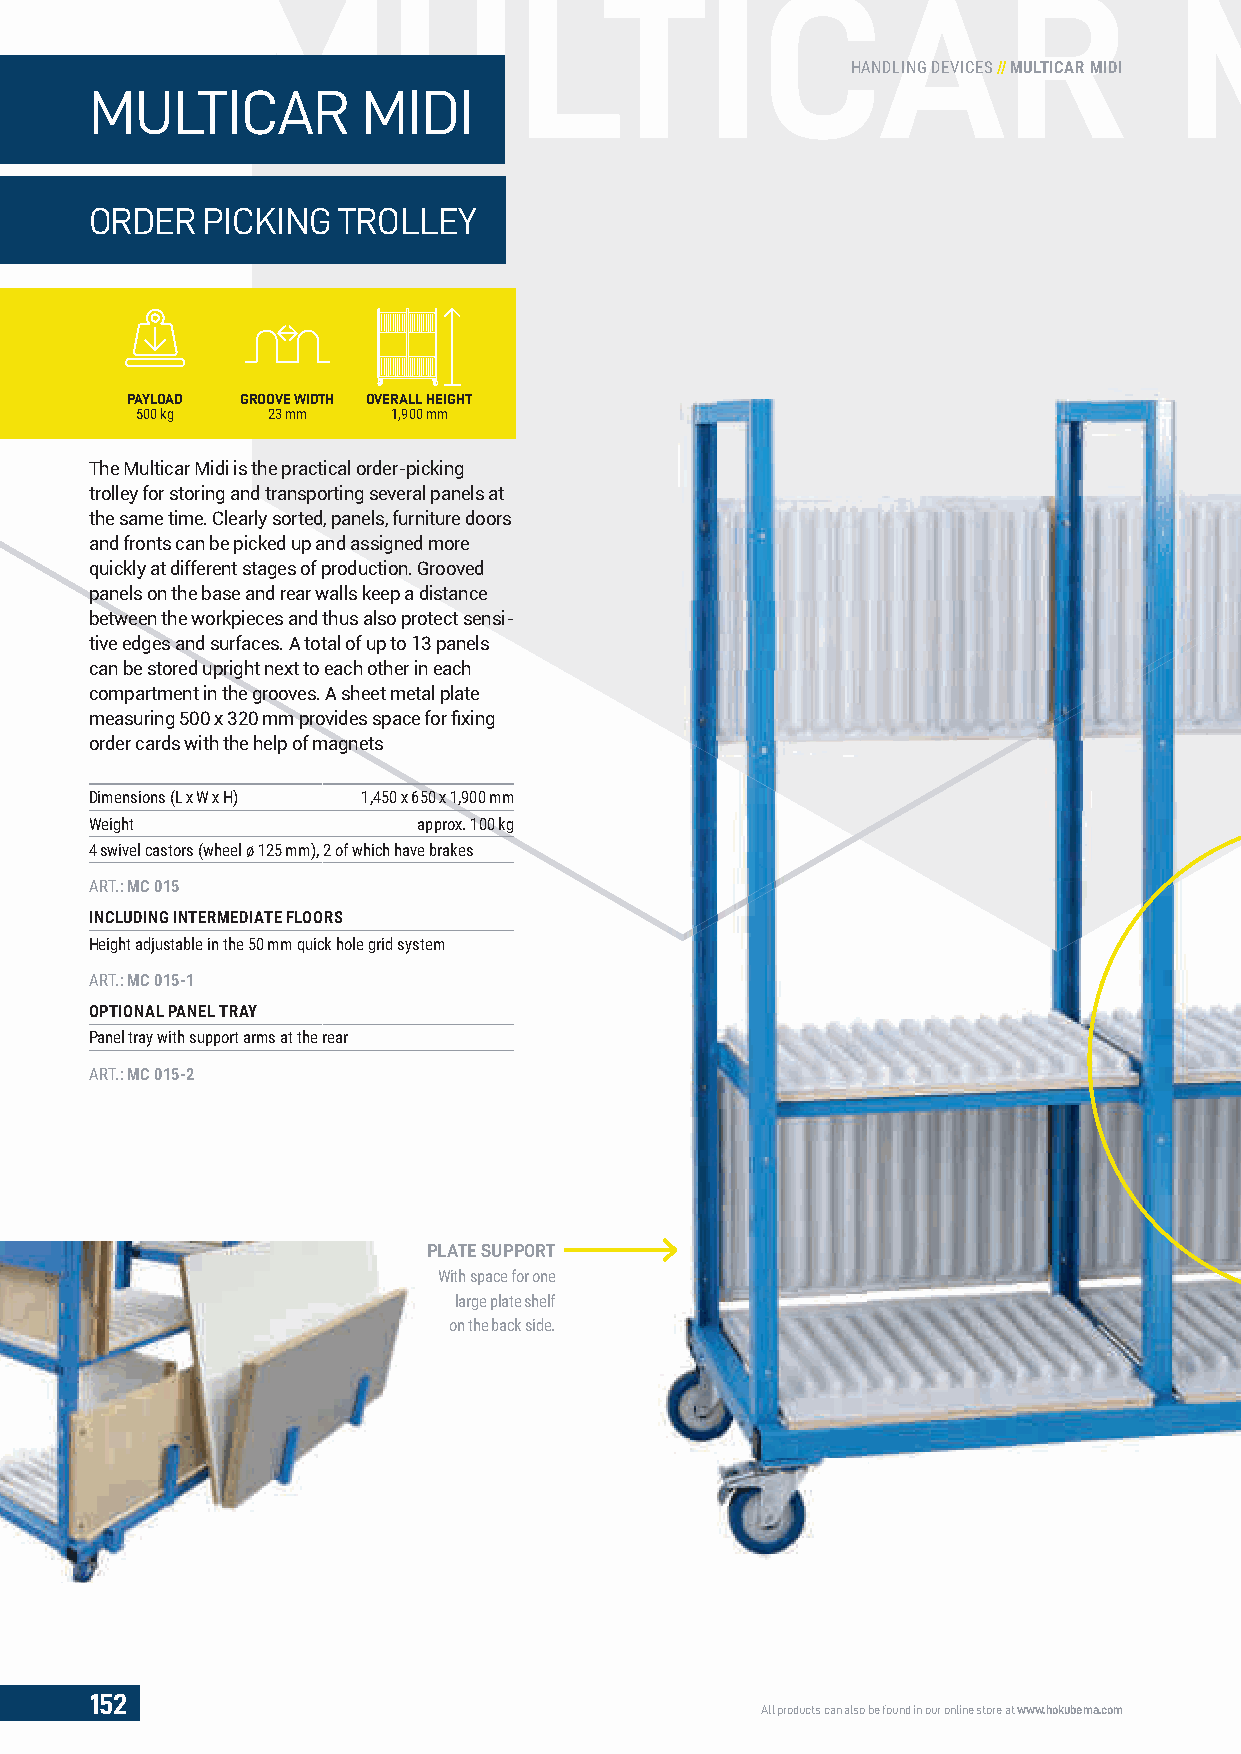
MMUULLTICAR                                                   MID
 HANDLING DEVICES // MULTICAR MIDI
 MULTICAR          MIDI
 ORDER  PICKING  TROLLEY
 PAYLOAD GROOVE WIDTH OVERALL HEIGHT
 500 kg   23 mm   1,900 mm
 The Multicar Midi is the practical order-picking
 trolley for storing and transporting several panels at
 the same time. Clearly sorted, panels, furniture doors
 and fronts can be picked up and assigned more
 quickly at different stages of production. Grooved
 panels on the base and rear walls keep a distance
 between the workpieces and thus also protect sensi-
 tive edges and surfaces. A total of up to 13 panels
 can be stored upright next to each other in each
 compartment in the grooves. A sheet metal plate
 measuring 500 x 320 mm provides space for fi xing
 order cards with the help of magnets
 Dimensions (L x W x H) 1,450 x 650 x 1,900 mm
 Weight                approx. 100 kg
 4 swivel castors (wheel ø 125 mm), 2 of which have brakes
 ART.: MC 015
 INCLUDING INTERMEDIATE FLOORS
 Height adjustable in the 50 mm quick hole grid system
 ART.: MC 015-1
 OPTIONAL PANEL TRAY
 Panel tray with support arms at the rear
 ART.: MC 015-2
 PLATE SUPPORT
 With space for one
 large plate shelf
 on the back side.
 152
 All products can also be found in our online store at www.hokubema.com